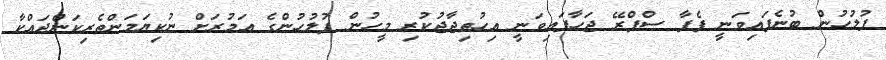
ފުލުހުން ބުނެފައިވަނީ ޕެޕާ ސްޕްރޭ ޖަހާފައިވަނީ އިހުތިޖާޖުކުރި މީހުން ފުލުުހުންގެ އަމުރަށް ނުކިޔަމަންތެރިކަންދައްކާ